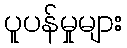
ပူပန်မှုများ